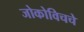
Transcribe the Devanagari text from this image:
जोकोविचचे